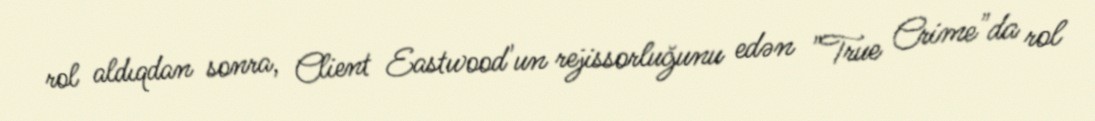
rol aldıqdan sonra, Client Eastwood'un rejissorluğunu edən "True Crime"da rol